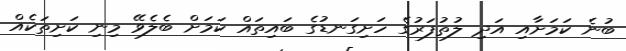
ބުނެ ކަމަށާއި އަދި ލުތުފަރުގެ ހަށިގަނޑުގެ ބައިތައް ކަމަށް ބެލެވޭ މިނި ކަށިތަކެއް